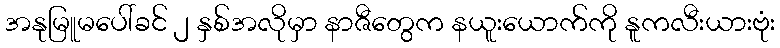
အနုမြူမပေါ်ခင် ၂ နှစ်အလိုမှာ နာဇီတွေက နယူးယောက်ကို နူကလီးယားဗုံး